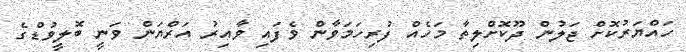
ހައްޔަރުކޮށް ޖަލުން ދޫކޮށްލިތާ މަހެއް ފުރިހަމަވާން ވެފައި ވާއިރު އަރްޔަން ވަނީ ބޮލީވުޑްގެ